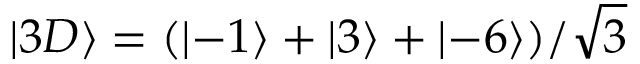
\left\lvert 3 D \right\rangle = ( \left\lvert - 1 \right\rangle + \left\lvert 3 \right\rangle + \left\lvert - 6 \right\rangle ) / \sqrt { 3 }